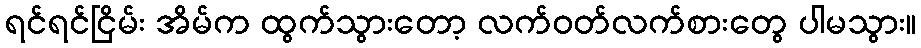
ရင်ရင်ငြိမ်း အိမ်က ထွက်သွားတော့ လက်ဝတ်လက်စားတွေ ပါမသွား။